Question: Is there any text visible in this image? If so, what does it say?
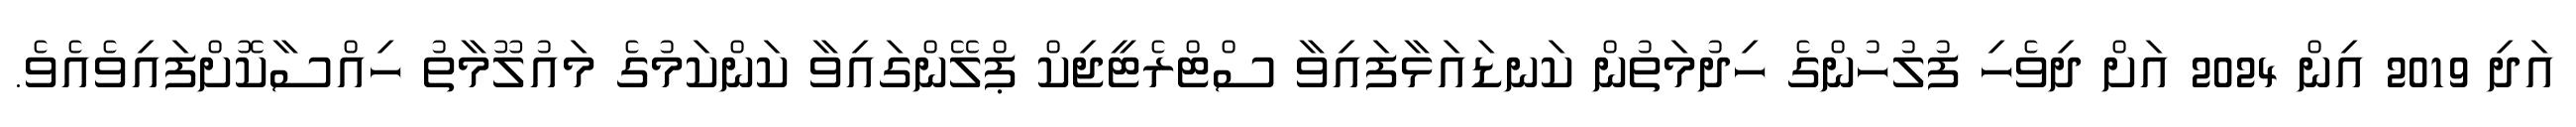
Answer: އަދި 2019 އިން 2024 އަށް ދިވެހި ފުލުހުންގެ ހިދުމަތުން ކަނޑައަޅާފައިވާ ސްޓްރެޓީޖިކް ޕްލޭންގައިވާ ކަންކަމުގެ މައުލޫމާތު ހިއްސާކޮށްފައިވެއެވެ.